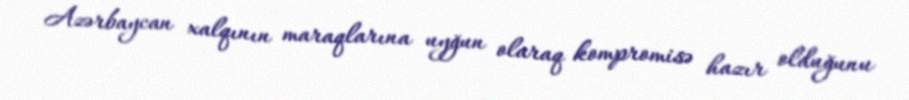
Azərbaycan xalqının maraqlarına uyğun olaraq kompromisə hazır olduğunu